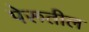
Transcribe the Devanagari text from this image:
पेरूतील